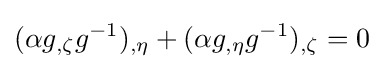
(\alpha g_{,\zeta }g^{-1})_{,\eta }+(\alpha g_{,\eta }g^{-1})_{,\zeta }=0